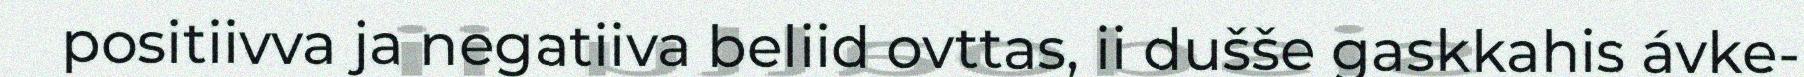
positiivva ja negatiiva beliid ovttas, ii dušše gaskkahis ávke-